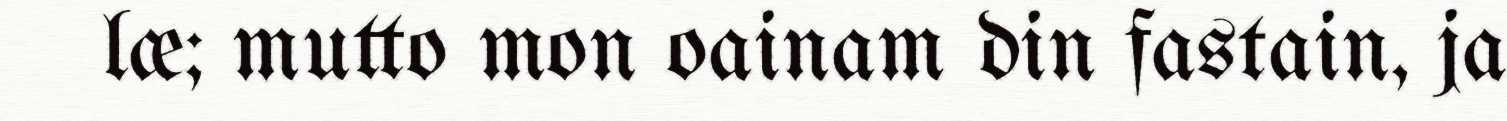
læ; mutto mon oainam din fastain, ja